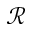
\mathcal { R }